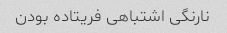
نارنگی اشتباهی فریتاده بودن